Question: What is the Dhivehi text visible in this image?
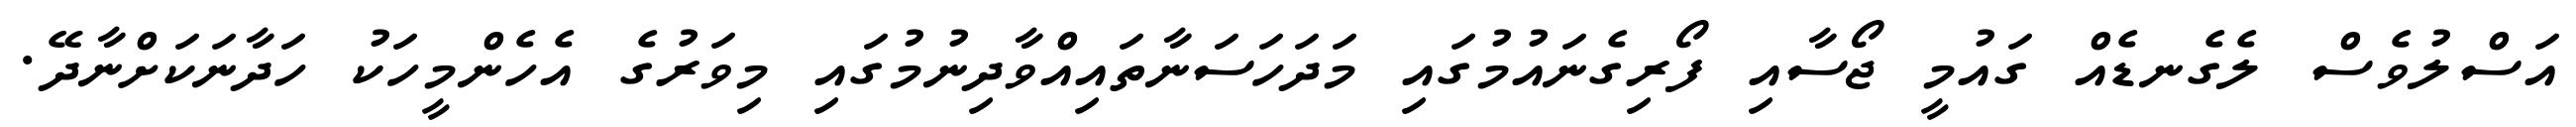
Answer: އަސްލުވެސް ލެގެނޑެއް ގައުމީ ޖޯސާއި ފޯރިގެނައުމުގައި މަދަހަސަނާތައިއްވާދިނުމުގައި މިވަރުގެ އެހެންމީހަކު ހަދާނަކަށްނާދޭ.